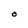
Character: O